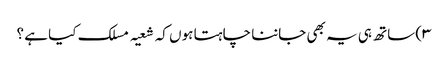
۳) ساتھ ہی یہ بھی جاننا چاہتا ہوں کہ شعیہ مسلک کیا ہے ؟